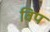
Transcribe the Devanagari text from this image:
विप